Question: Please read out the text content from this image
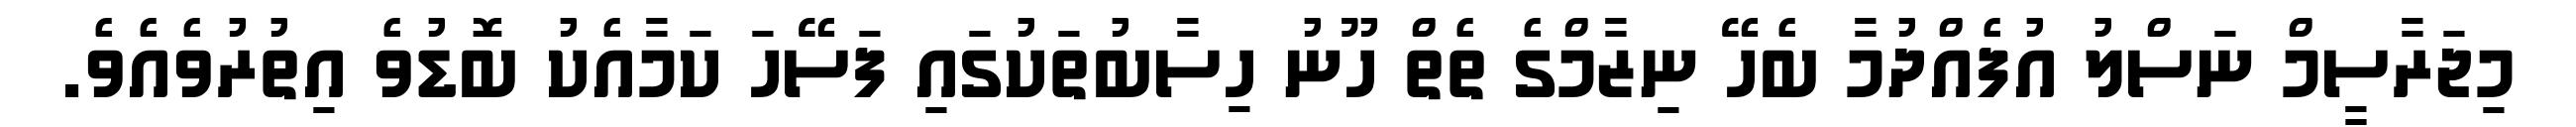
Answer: މިޖަރާސީމް ނަސްލު އުފެއްދުމާ ބެހޭ ނިޒާމްގެ ތެތް ހޫނު ހިސާބުތަކުގައި ފަސޭހަ ކަމާއެކު ބޮޑުވެ އިތުރުވެއެވެ.